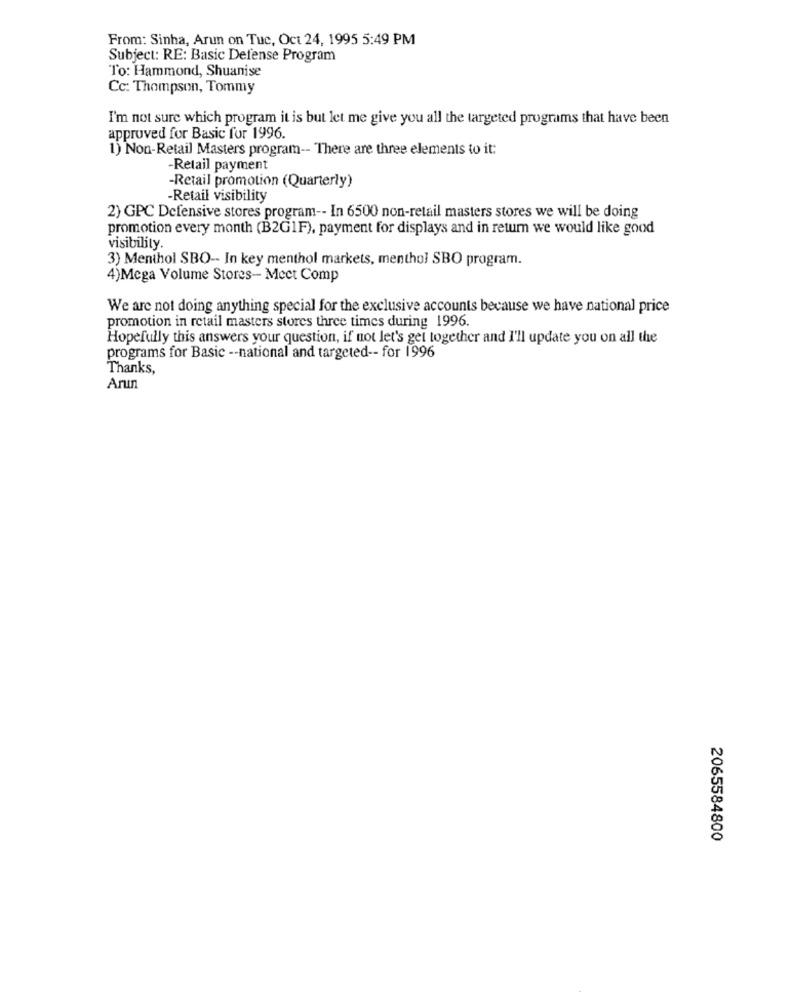
From: Sinha, Arun on Tue, Oct 24, 1995 5:49 PM
Subject: RE: Basic Defense Program
To: Hammond, Shuanise
Cc: Thompson, Tommy
I'm not sure which program it is but let me give you all the targeted programs that have been
approved for Basic for 1996.
1) Non-Retail Masters program -- There are three elements to it:
-Retail payment
-Retail promotion (Quarterly)
-Retail visibility
2) GPC Defensive stores program -- In 6500 non-retail masters stores we will be doing
promotion every month (B2G1F), payment for displays and in return we would like good
visibility.
3) Menthol SBO -- In key menthol markets, menthol SBO program.
4)Mega Volume Stores- Mect Comp
We are not doing anything special for the exclusive accounts because we have national price
promotion in retail masters stores three times during 1996.
Hopefully this answers your question, if not let's get together and I'll update you on all the
programs for Basic -- national and targeted -- for 1996
Thanks,
Arun
2065584800